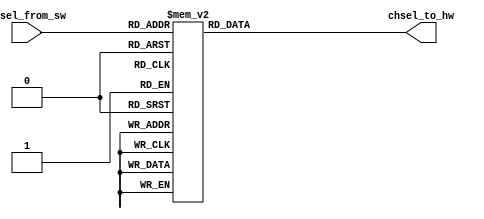
// (C) 2001-2018 Intel Corporation. All rights reserved.
// Your use of Intel Corporation's design tools, logic functions and other 
// software and tools, and its AMPP partner logic functions, and any output 
// files from any of the foregoing (including device programming or simulation 
// files), and any associated documentation or information are expressly subject 
// to the terms and conditions of the Intel Program License Subscription 
// Agreement, Intel FPGA IP License Agreement, or other applicable 
// license agreement, including, without limitation, that your use is for the 
// sole purpose of programming logic devices manufactured by Intel and sold by 
// Intel or its authorized distributors.  Please refer to the applicable 
// agreement for further details.


// *******************************************************************************************************
// **   Filename       : chsel_code_converter_sw_to_hw.v
// **
// **   Description    : Translate channel code coming from software to hardware format
// **
// **   Change Log     :
// **   2014/02/07     : Initial design
// **
// *******************************************************************************************************

// synthesis translate_off
`timescale 1ns / 1ps
// synthesis translate_on

// *******************************************************************************************************
// **   MODULE
// *******************************************************************************************************

module  chsel_code_converter_sw_to_hw (
    chsel_from_sw,            // 5-bits channel selection.
    chsel_to_hw               // 5-bits channel selection.
);

// *******************************************************************************************************
// **   PARAMETERS
// *******************************************************************************************************

    // Ordering Part Number 10MXX... code
    parameter           device_partname_fivechar_prefix = "10M08";   // Valid options = 04, 08, 16, 25, 40, 50

    // Some part have two ADC, instantiate which ADC?  1st or 2nd?
    parameter           is_this_first_or_second_adc = 1;             // Valid options = 1 or 2

// .......................................................................................................

    // DESCRIBE THE LOCALPARAM CONSTANT:
    // Actual Hardware map CHSEL[4:0] out of sequential order to different channel pad due to route-ability,
    // Soft IP will have S/W mapping to translate it back to sequential order from user perspective (PAD label)

    // 10M04/08/16 hardware equivalent chsel code for a particular software chsel code
    localparam          variant_08n16_hw_chsel_code_for_sw_temp_code_10001 = 5'b00000;
    localparam          variant_08n16_hw_chsel_code_for_sw_ch00_code_00000 = 5'b00011;
    localparam          variant_08n16_hw_chsel_code_for_sw_ch01_code_00001 = 5'b00100;
    localparam          variant_08n16_hw_chsel_code_for_sw_ch02_code_00010 = 5'b00110;
    localparam          variant_08n16_hw_chsel_code_for_sw_ch03_code_00011 = 5'b01010;
    localparam          variant_08n16_hw_chsel_code_for_sw_ch04_code_00100 = 5'b01100;
    localparam          variant_08n16_hw_chsel_code_for_sw_ch05_code_00101 = 5'b10000;
    localparam          variant_08n16_hw_chsel_code_for_sw_ch06_code_00110 = 5'b01110;
    localparam          variant_08n16_hw_chsel_code_for_sw_ch07_code_00111 = 5'b01101;
    localparam          variant_08n16_hw_chsel_code_for_sw_ch08_code_01000 = 5'b00010;
    localparam          variant_08n16_hw_chsel_code_for_sw_ch09_code_01001 = 5'b00101;
    localparam          variant_08n16_hw_chsel_code_for_sw_ch10_code_01010 = 5'b01001;
    localparam          variant_08n16_hw_chsel_code_for_sw_ch11_code_01011 = 5'b10001;
    localparam          variant_08n16_hw_chsel_code_for_sw_ch12_code_01100 = 5'b01111;
    localparam          variant_08n16_hw_chsel_code_for_sw_ch13_code_01101 = 5'b01000;
    localparam          variant_08n16_hw_chsel_code_for_sw_ch14_code_01110 = 5'b00111;
    localparam          variant_08n16_hw_chsel_code_for_sw_ch15_code_01111 = 5'b01011;
    localparam          variant_08n16_hw_chsel_code_for_sw_ch16_code_10000 = 5'b00001;

    // First ADC of 10M25/40/50 hardware equivalent chsel code for a particular software chsel code
    localparam          dual_first_adc_hw_chsel_code_for_sw_temp_code_10001 = 5'b00000;
    localparam          dual_first_adc_hw_chsel_code_for_sw_ch00_code_00000 = 5'b00011;
    localparam          dual_first_adc_hw_chsel_code_for_sw_ch01_code_00001 = 5'b00100;
    localparam          dual_first_adc_hw_chsel_code_for_sw_ch02_code_00010 = 5'b00110;
    localparam          dual_first_adc_hw_chsel_code_for_sw_ch03_code_00011 = 5'b01010;
    localparam          dual_first_adc_hw_chsel_code_for_sw_ch04_code_00100 = 5'b01100;
    localparam          dual_first_adc_hw_chsel_code_for_sw_ch05_code_00101 = 5'b10000;
    localparam          dual_first_adc_hw_chsel_code_for_sw_ch06_code_00110 = 5'b01110;
    localparam          dual_first_adc_hw_chsel_code_for_sw_ch07_code_00111 = 5'b01101;
    localparam          dual_first_adc_hw_chsel_code_for_sw_ch08_code_01000 = 5'b00010;

    // Second ADC of 10M25/40/50 hardware equivalent chsel code for a particular software chsel code
    // Note that: Second ADC do not support internal temperature sensor.
    // However internal temperature sensor mapping for ADC2 is later included for dual adc mode
    // When in dual adc mode, if ADC1 is operating in TSD mode, ADC2 will perform a dummy TSD mode as well
    localparam          dual_second_adc_hw_chsel_code_for_sw_temp_code_10001 = 5'b00000;
    localparam          dual_second_adc_hw_chsel_code_for_sw_ch00_code_00000 = 5'b00011;
    localparam          dual_second_adc_hw_chsel_code_for_sw_ch01_code_00001 = 5'b00101;
    localparam          dual_second_adc_hw_chsel_code_for_sw_ch02_code_00010 = 5'b01001;
    localparam          dual_second_adc_hw_chsel_code_for_sw_ch03_code_00011 = 5'b10001;
    localparam          dual_second_adc_hw_chsel_code_for_sw_ch04_code_00100 = 5'b01111;
    localparam          dual_second_adc_hw_chsel_code_for_sw_ch05_code_00101 = 5'b01000;
    localparam          dual_second_adc_hw_chsel_code_for_sw_ch06_code_00110 = 5'b00111;
    localparam          dual_second_adc_hw_chsel_code_for_sw_ch07_code_00111 = 5'b01011;
    localparam          dual_second_adc_hw_chsel_code_for_sw_ch08_code_01000 = 5'b00001;

// *******************************************************************************************************
// **   INPUTS
// *******************************************************************************************************

    input   [4:0]       chsel_from_sw;  // 5-bits channel selection number from software perspective

// *******************************************************************************************************
// **   OUTPUTS
// *******************************************************************************************************

    output  [4:0]       chsel_to_hw;    // 5-bits channel selection code to be send to ADC Hard IP

// *******************************************************************************************************
// **   EXTERNAL NET AND REGISTER DATA TYPE (with input / output / inout ports)
// *******************************************************************************************************

    reg     [4:0]       chsel_to_hw;    // 5-bits channel selection code to be send to ADC Hard IP

// *******************************************************************************************************
// **   MAIN CODE
// *******************************************************************************************************

// -------------------------------------------------------------------------------------------------------
//      1.00: Channel Mapping
// -------------------------------------------------------------------------------------------------------

    // DESCRIBE THE ALWAYS BLOCK:
    // This block execute on divided internal clock
    // Its job is mainly to determine what value to be set for the digital_out and eoc_rise
    always @(chsel_from_sw)
    begin
        // DESCRIBE THE CASE STATEMENT:
        // Output the equivalent chsel code for hardware
if  ((device_partname_fivechar_prefix == "10M04") || (device_partname_fivechar_prefix == "10M08") || (device_partname_fivechar_prefix == "10M16"))
begin
        // COMMENT FOR THIS BRANCH:
        // 10M08/04 channel mapping
        case(chsel_from_sw)
            5'b10001: chsel_to_hw <= variant_08n16_hw_chsel_code_for_sw_temp_code_10001;
            5'b00000: chsel_to_hw <= variant_08n16_hw_chsel_code_for_sw_ch00_code_00000;
            5'b00001: chsel_to_hw <= variant_08n16_hw_chsel_code_for_sw_ch01_code_00001;
            5'b00010: chsel_to_hw <= variant_08n16_hw_chsel_code_for_sw_ch02_code_00010;
            5'b00011: chsel_to_hw <= variant_08n16_hw_chsel_code_for_sw_ch03_code_00011;
            5'b00100: chsel_to_hw <= variant_08n16_hw_chsel_code_for_sw_ch04_code_00100;
            5'b00101: chsel_to_hw <= variant_08n16_hw_chsel_code_for_sw_ch05_code_00101;
            5'b00110: chsel_to_hw <= variant_08n16_hw_chsel_code_for_sw_ch06_code_00110;
            5'b00111: chsel_to_hw <= variant_08n16_hw_chsel_code_for_sw_ch07_code_00111;
            5'b01000: chsel_to_hw <= variant_08n16_hw_chsel_code_for_sw_ch08_code_01000;
            5'b01001: chsel_to_hw <= variant_08n16_hw_chsel_code_for_sw_ch09_code_01001;
            5'b01010: chsel_to_hw <= variant_08n16_hw_chsel_code_for_sw_ch10_code_01010;
            5'b01011: chsel_to_hw <= variant_08n16_hw_chsel_code_for_sw_ch11_code_01011;
            5'b01100: chsel_to_hw <= variant_08n16_hw_chsel_code_for_sw_ch12_code_01100;
            5'b01101: chsel_to_hw <= variant_08n16_hw_chsel_code_for_sw_ch13_code_01101;
            5'b01110: chsel_to_hw <= variant_08n16_hw_chsel_code_for_sw_ch14_code_01110;
            5'b01111: chsel_to_hw <= variant_08n16_hw_chsel_code_for_sw_ch15_code_01111;
            5'b10000: chsel_to_hw <= variant_08n16_hw_chsel_code_for_sw_ch16_code_10000;
            default : chsel_to_hw <= 5'b11111;
        endcase
end
else
if ((is_this_first_or_second_adc == 1) &&
    ((device_partname_fivechar_prefix == "10M25") ||
     (device_partname_fivechar_prefix == "10M40") ||
     (device_partname_fivechar_prefix == "10M50")))
begin
        // COMMENT FOR THIS BRANCH:
        // First ADC of 10M25/40/50 channel mapping
        case(chsel_from_sw)
            5'b10001: chsel_to_hw <= dual_first_adc_hw_chsel_code_for_sw_temp_code_10001;
            5'b00000: chsel_to_hw <= dual_first_adc_hw_chsel_code_for_sw_ch00_code_00000;
            5'b00001: chsel_to_hw <= dual_first_adc_hw_chsel_code_for_sw_ch01_code_00001;
            5'b00010: chsel_to_hw <= dual_first_adc_hw_chsel_code_for_sw_ch02_code_00010;
            5'b00011: chsel_to_hw <= dual_first_adc_hw_chsel_code_for_sw_ch03_code_00011;
            5'b00100: chsel_to_hw <= dual_first_adc_hw_chsel_code_for_sw_ch04_code_00100;
            5'b00101: chsel_to_hw <= dual_first_adc_hw_chsel_code_for_sw_ch05_code_00101;
            5'b00110: chsel_to_hw <= dual_first_adc_hw_chsel_code_for_sw_ch06_code_00110;
            5'b00111: chsel_to_hw <= dual_first_adc_hw_chsel_code_for_sw_ch07_code_00111;
            5'b01000: chsel_to_hw <= dual_first_adc_hw_chsel_code_for_sw_ch08_code_01000;
            default : chsel_to_hw <= 5'b11111;
        endcase
end
else
if ((is_this_first_or_second_adc == 2) &&
    ((device_partname_fivechar_prefix == "10M25") ||
     (device_partname_fivechar_prefix == "10M40") ||
     (device_partname_fivechar_prefix == "10M50")))
begin
        // COMMENT FOR THIS BRANCH:
        // Second ADC of 10M25/40/50 channel mapping
        case(chsel_from_sw)
            5'b10001: chsel_to_hw <= dual_second_adc_hw_chsel_code_for_sw_temp_code_10001;
            5'b00000: chsel_to_hw <= dual_second_adc_hw_chsel_code_for_sw_ch00_code_00000;
            5'b00001: chsel_to_hw <= dual_second_adc_hw_chsel_code_for_sw_ch01_code_00001;
            5'b00010: chsel_to_hw <= dual_second_adc_hw_chsel_code_for_sw_ch02_code_00010;
            5'b00011: chsel_to_hw <= dual_second_adc_hw_chsel_code_for_sw_ch03_code_00011;
            5'b00100: chsel_to_hw <= dual_second_adc_hw_chsel_code_for_sw_ch04_code_00100;
            5'b00101: chsel_to_hw <= dual_second_adc_hw_chsel_code_for_sw_ch05_code_00101;
            5'b00110: chsel_to_hw <= dual_second_adc_hw_chsel_code_for_sw_ch06_code_00110;
            5'b00111: chsel_to_hw <= dual_second_adc_hw_chsel_code_for_sw_ch07_code_00111;
            5'b01000: chsel_to_hw <= dual_second_adc_hw_chsel_code_for_sw_ch08_code_01000;
            default : chsel_to_hw <= 5'b11111;
        endcase
end
    end // end always

// *******************************************************************************************************
// **   END OF MODULE
// *******************************************************************************************************

endmodule